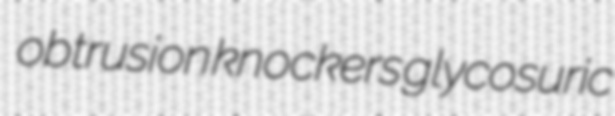
obtrusion knockers glycosuric